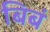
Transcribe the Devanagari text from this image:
बिबं